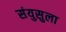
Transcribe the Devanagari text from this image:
संयुसुला